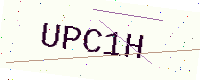
Text: UPC1H